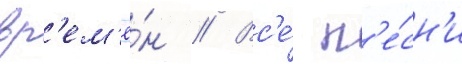
вр'ем'ё́н // Вс'е́ п'е́сн'и